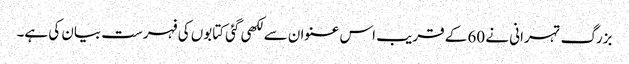
بزرگ تہرانی نے 60 کے قریب اس عنوان سے لکھی گئی کتابوں کی فہرست بیان کی ہے۔